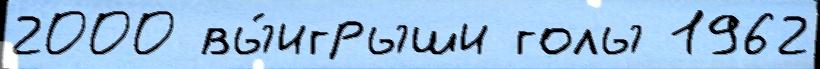
2000 вы́игрыши голы 1962